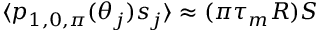
\langle p _ { 1 , 0 , \pi } ( \theta _ { j } ) s _ { j } \rangle \approx ( \pi \tau _ { m } R ) S